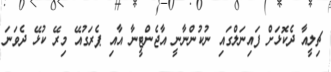
ޗިލީއާ ދެކޮޅަށް ފައިނަލްގައި ނުކުންނާނީ އާޖެންޓީނާ އާއި ޕެރަގުއޭ މިރޭ ކުޅޭ ދެވަނަ